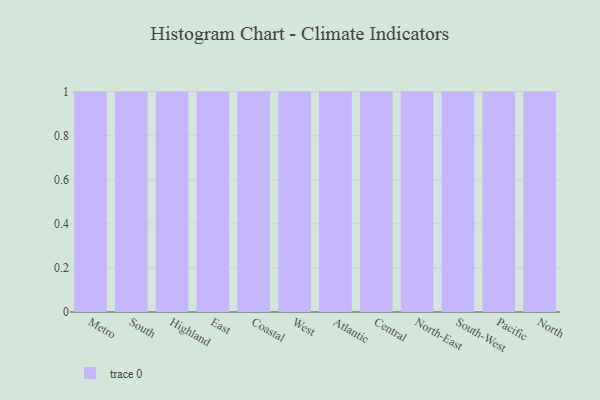
{"axis": {"x": "Region", "y": "Gross Profit (USD K)"}, "legend": [""], "data": [{"x": "Metro", "y": 10, "type": ""}, {"x": "South", "y": 62, "type": ""}, {"x": "Highland", "y": 56, "type": ""}, {"x": "East", "y": 58, "type": ""}, {"x": "Coastal", "y": 47, "type": ""}, {"x": "West", "y": 40, "type": ""}, {"x": "Atlantic", "y": 17, "type": ""}, {"x": "Central", "y": 8, "type": ""}, {"x": "North-East", "y": 39, "type": ""}, {"x": "South-West", "y": 95, "type": ""}, {"x": "Pacific", "y": 17, "type": ""}, {"x": "North", "y": 32, "type": ""}]}